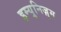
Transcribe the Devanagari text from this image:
इम्युनिज़्म